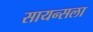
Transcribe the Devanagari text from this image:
सायन्सला